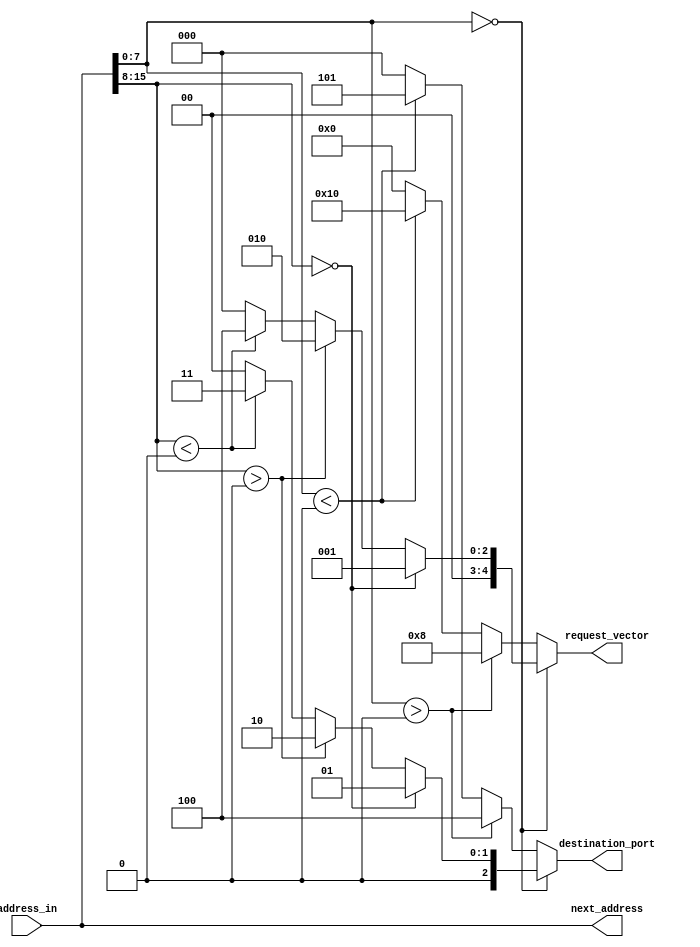
module routing_logic (address_in, destination_port, next_address, request_vector);

parameter address_length = 16;
parameter x_address_length = 8;
parameter y_address_length = 8;
parameter X_COORDINATE = 0;
parameter Y_COORDINATE = 0;


localparam local = 3'd1;
localparam north = 3'd2;
localparam south = 3'd3;
localparam east = 3'd4;
localparam west = 3'd5;

output reg [2:0] destination_port;
input [address_length - 1:0] address_in;
output reg [4:0] request_vector; //high to low: west east south north local
output [address_length - 1:0] next_address;


wire [x_address_length - 1:0] x_address;
wire [y_address_length - 1:0] y_address;
assign x_address = address_in[x_address_length - 1:0];
assign y_address = address_in[address_length - 1:address_length - y_address_length];
assign next_address = address_in;


always @(*)
    begin
        request_vector = 5'b00000;//2.22 avoid latch
        destination_port = 3'd0;//4.2 avoid latch
        if (x_address == X_COORDINATE)
            begin
                if (y_address == Y_COORDINATE)
                    begin
                        request_vector = 5'b00001; //request local arbiter
                        destination_port = local;
                    end
                else if (y_address > Y_COORDINATE)
                    begin
                        request_vector = 5'b00010; //request north arbiter
                        destination_port = north;
                    end
                else if (y_address < Y_COORDINATE)
                    begin
                        request_vector = 5'b00100; //request south arbiter
                        destination_port = south;
                    end
            end
        else if (x_address > X_COORDINATE)
            begin
                request_vector = 5'b01000; //request east arbiter
                destination_port = east;
            end
        else if (x_address < X_COORDINATE)
            begin
                request_vector = 5'b10000; //request west arbiter
                destination_port = west;
            end
    end

endmodule